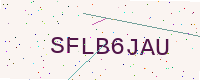
Text: SFLB6JAU